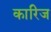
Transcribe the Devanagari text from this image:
कारिज